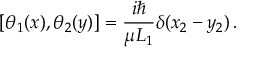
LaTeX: [ \theta _ { 1 } ( x ) , \theta _ { 2 } ( y ) ] = { \frac { i \hbar } { \mu L _ { 1 } } } \delta ( x _ { 2 } - y _ { 2 } ) \, .